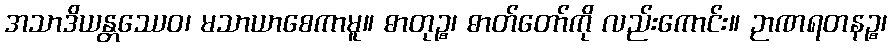
အသာဒိယန္တဿေဝ၊ မသာယာစေကာမူ။ ဓာတုဉ္စ၊ ဓာတ်တော်ကို လည်းကောင်း။ ဉာဏရတနဉ္စ၊